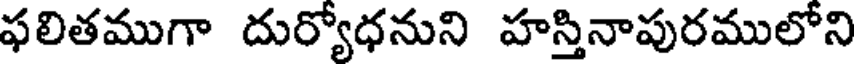
ఫలితముగా దుర్యోధనుని హస్తినాపురములోని